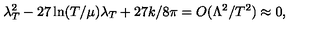
\lambda _ { T } ^ { 2 } - 2 7 \ln ( T / \mu ) \lambda _ { T } + 2 7 k / 8 \pi = O ( \Lambda ^ { 2 } / T ^ { 2 } ) \approx 0 ,